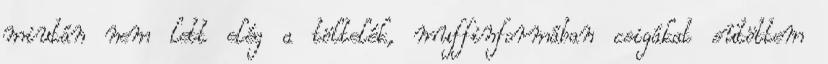
miután nem lett elég a töltelék, muffinformában csigákat sütöttem